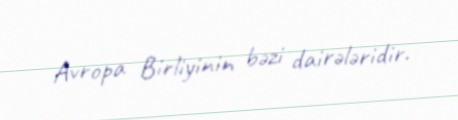
Avropa Birliyinin bəzi dairələridir.